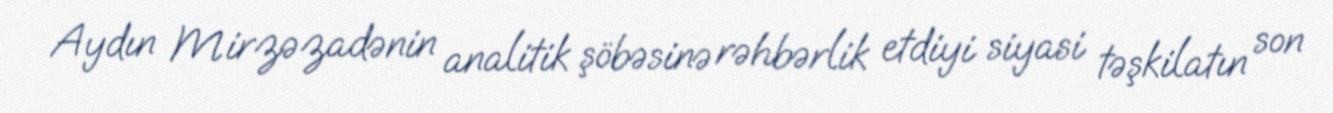
Aydın Mirzəzadənin analitik şöbəsinə rəhbərlik etdiyi siyasi təşkilatın son